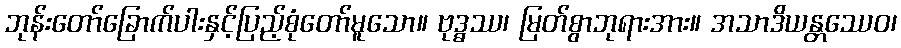
ဘုန်းတော်ခြောက်ပါးနှင့်ပြည့်စုံတော်မူသော။ ဗုဒ္ဓဿ၊ မြတ်စွာဘုရားအား။ အသာဒိယန္တဿေဝ၊